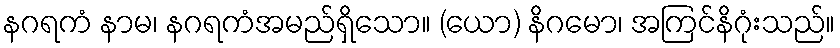
နဂရကံ နာမ၊ နဂရကံအမည်ရှိသော။ (ယော) နိဂမော၊ အကြင်နိဂုံးသည်။